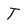
Character: T